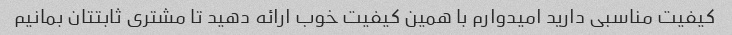
کیفیت مناسبی دارید امیدوارم با همین کیفیت خوب ارائه دهید تا مشتری ثابتتان بمانیم